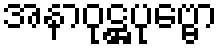
အနာဝုဋ္ဌပုဗ္ဗော